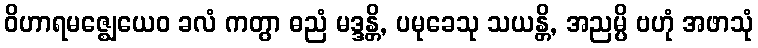
ဝိဟာရမဇ္ဈေယေဝ ခလံ ကတွာ ဓညံ မဒ္ဒန္တိ, ပမုခေသု သယန္တိ, အညမ္ပိ ဗဟုံ အဖာသုံ